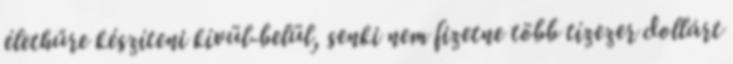
élethűre készíteni kívül-belül, senki nem fizetne több tízezer dollárt